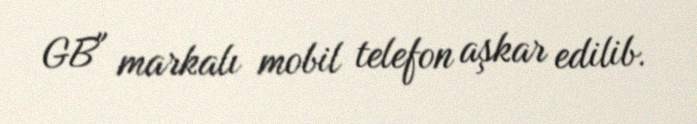
GB" markalı mobil telefon aşkar edilib.